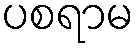
ပစရာမ